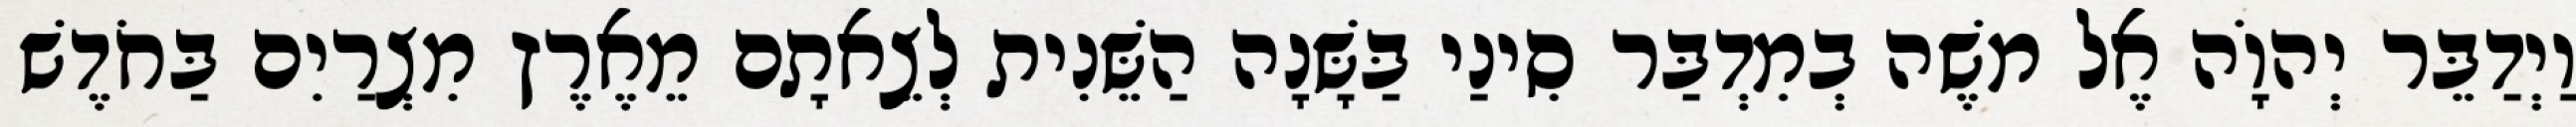
וַיְדַבֵּר יְהוָֹה אֶל משֶׁה בְמִדְבַּר סִינַי בַּשָּׁנָה הַשֵּׁנִית לְצֵאתָם מֵאֶרֶץ מִצְרַיִם בַּחֹדֶשׁ